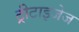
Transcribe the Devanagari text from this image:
ट्रीटाइजेज